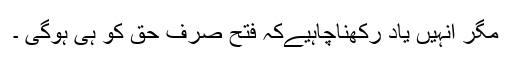
مگر انہیں یاد رکھناچاہیےکہ فتح صرف حق کو ہی ہوگی ۔